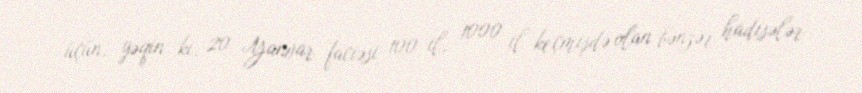
üçün, yəqin ki, 20 Yanvar faciəsi 100 il, 1000 il keçmişdə olan bənzər hadisələr